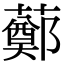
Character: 𧀿